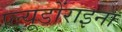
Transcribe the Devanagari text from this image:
प्ल्यूडोंराइना